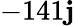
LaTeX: -141\mathbf{j}